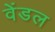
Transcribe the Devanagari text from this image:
वेंडल